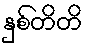
နှစ်တိတိ